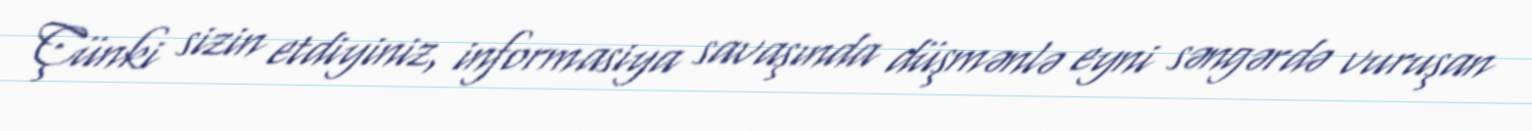
Çünki sizin etdiyiniz, informasiya savaşında düşmənlə eyni səngərdə vuruşan